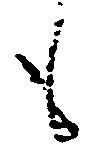
も